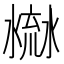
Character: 𣹳